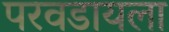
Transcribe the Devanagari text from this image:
परवडायला